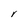
Character: V